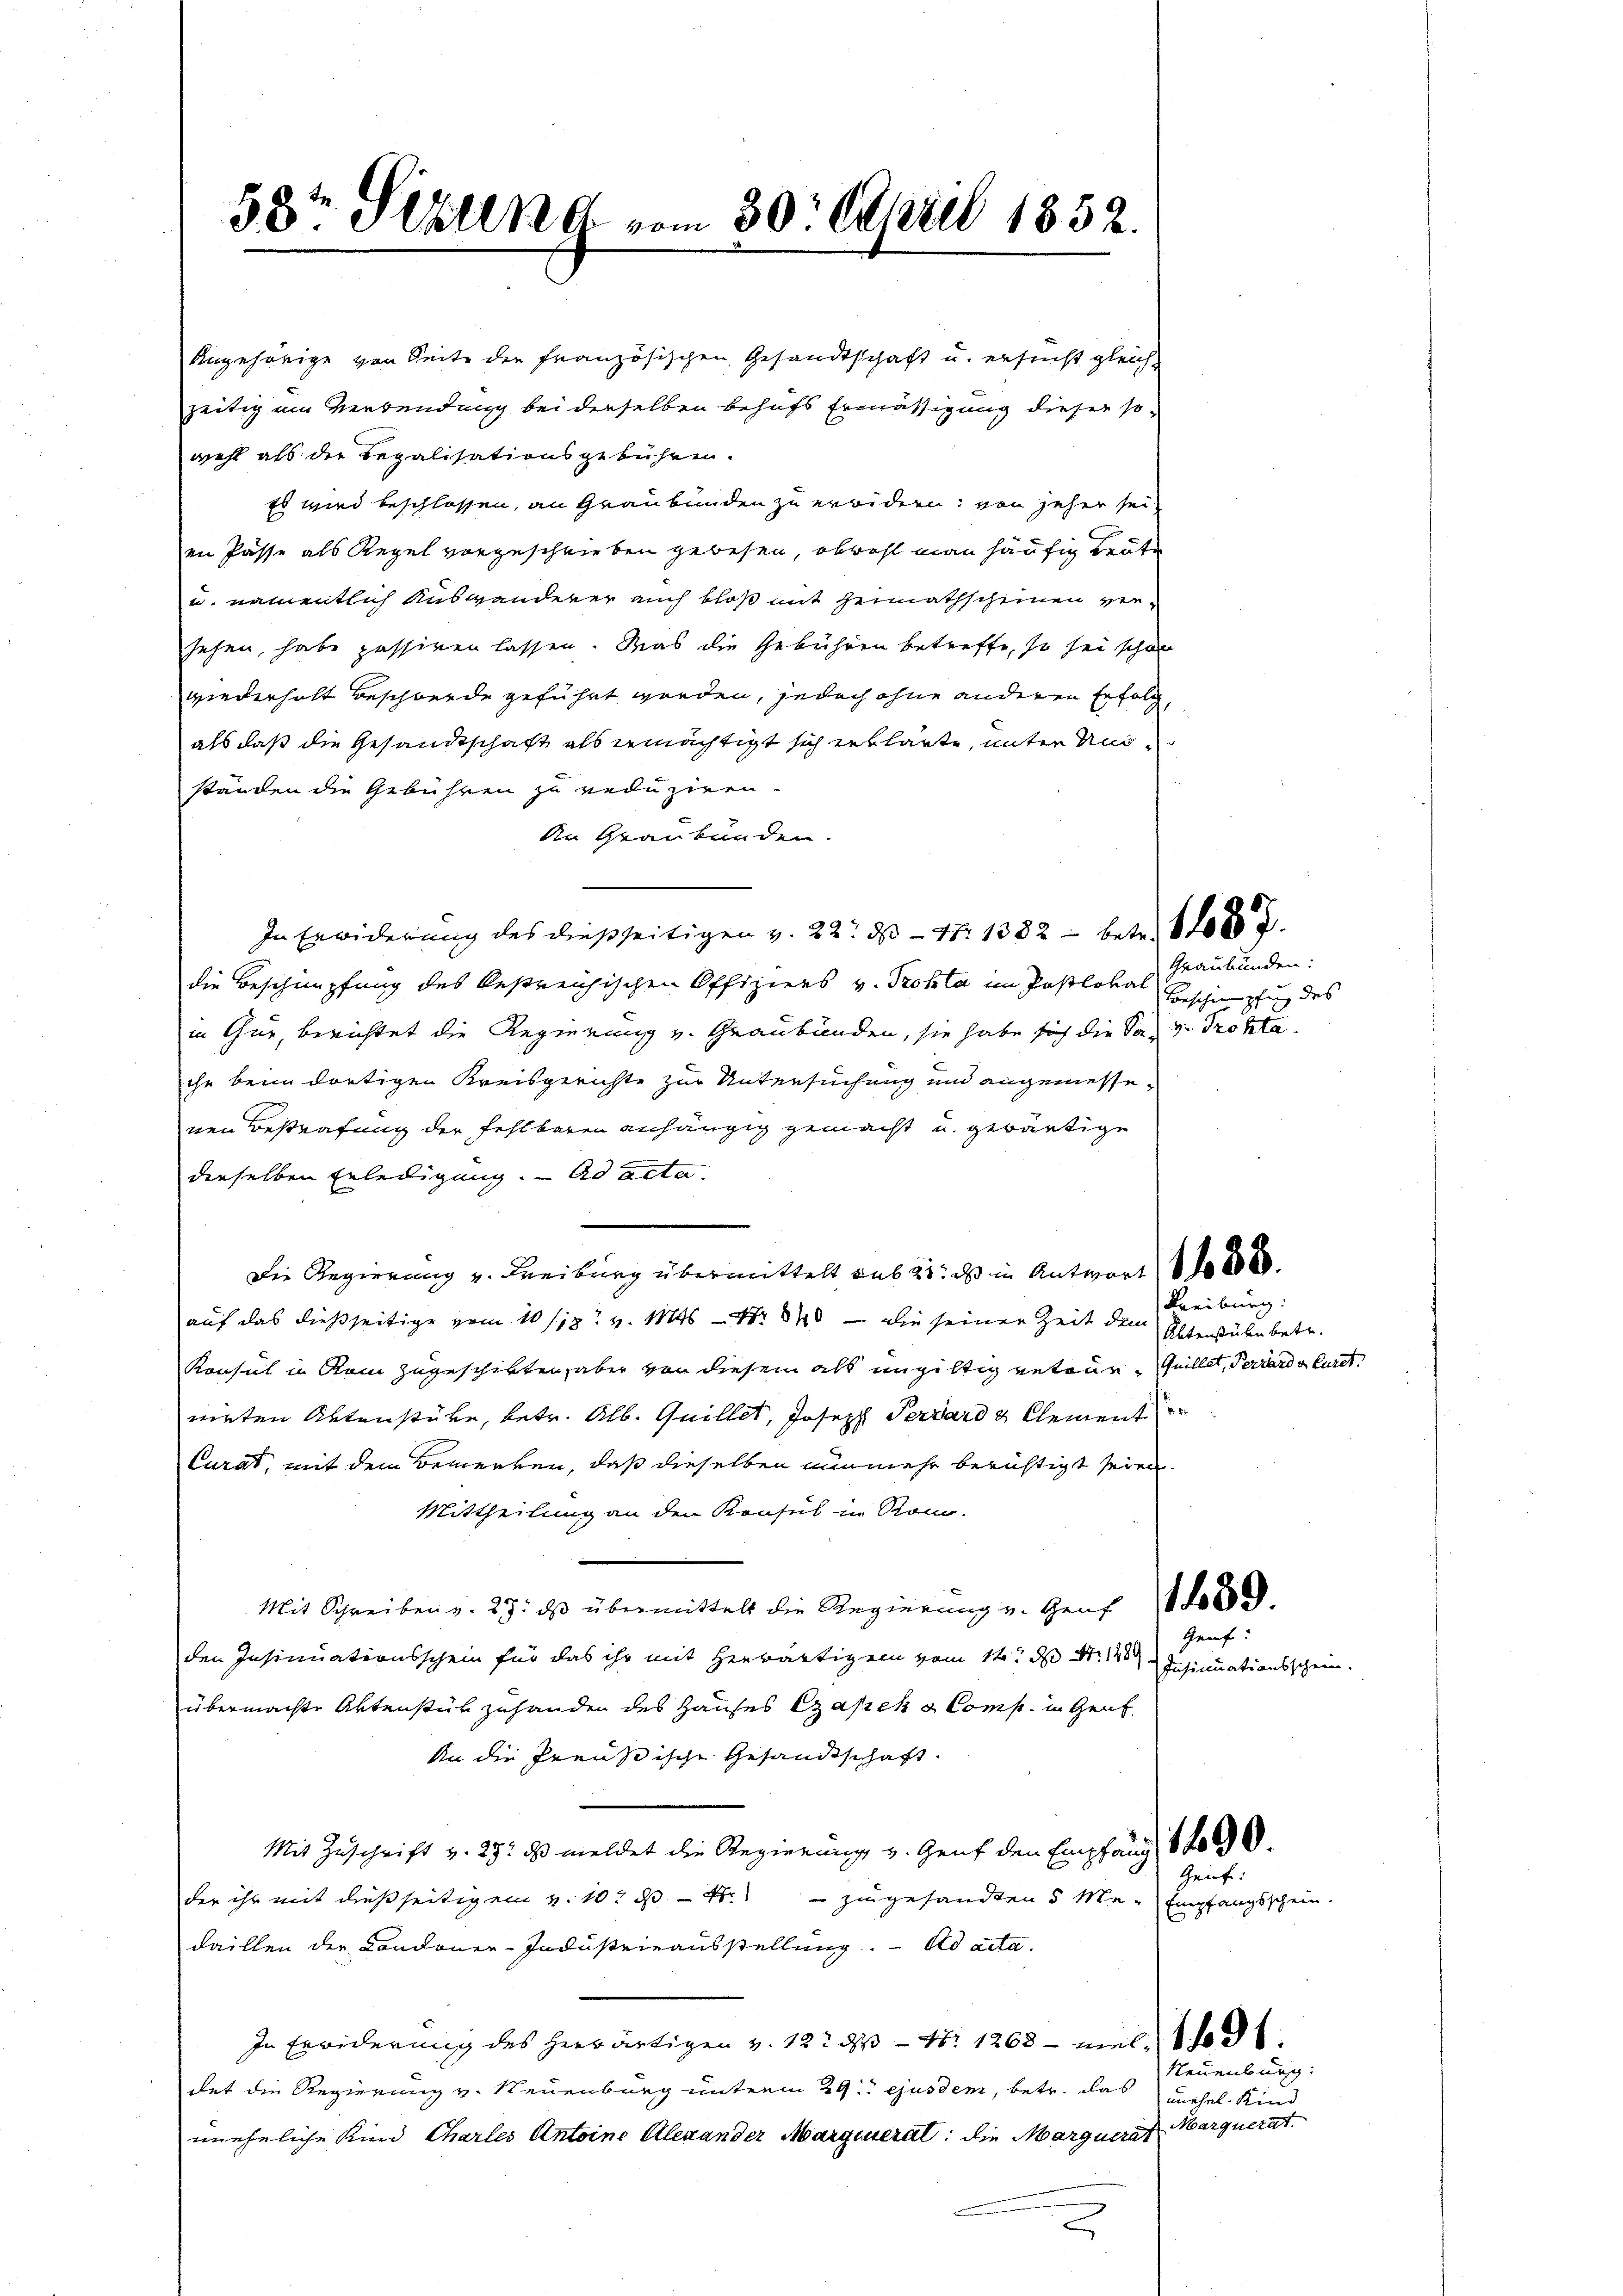
53t Setzung vom 30. April 1852.

Angehörige von Seite der französischen Gesandtschaft u. ersucht gleichzeitig im Verbendung bei derselben behufs Ermässigung dieser so-
wohl als die Regalisationsgebühren.
Es wird beschlossen, an Graubünden zu erwidern, von jeher sei
en Pässe als Regel vorgeschrieben gewesen, obwohl man häufig beute
u. namentlich auswanderer auch bloß mit Heimathscheinen versehen, habe passiven lassen. Was die Gebühren betreffe, so sei schon
wiederholt Beschwerde geführt worden, jedoch ohne anderen Erfolg,
als daß die Gesandtschaft als ermächtigt sich erklärte, unter Unständen die Gebühren zu reduziren.
An Graubünden.
In Erwiderung des dießseitigen v. 22. ds N. 1382 - betr. 608.
die Beschimpfung des bestreichischen Offiziers v. Trotta im Postlokal
in thur, berichtet die Regierung v. Graubünden, sie habe sich die Sav. Trotta.
ihr beim dortigen Kreisgerichte zur Untersuchung und angemessenen Bestrafung der fehlbaren anhängig gemacht u. gewärtige
derselben Erledigung. ad acta.
Die Regierung v. Freiburg übermittelt sub 21. ds in Antwort 188
auf das dießseitige vom 10/12 v. 146 - Nr. 840 - die seiner Zeit dem
Konsul in Rom zugeschikten, aber von diesem als ungültig geteur, Guillet, Terrard Euret.
mirten Aktenstüke, betr. Alb. Quillet, Joseph Terrard & Clement
Curat, mit dem Bemerken, daß dieselben nunmehr berichtigt seien.
Mittheilung an den Konsul in Rom.
Mit Schreiben v. 23. ds übermittelt die Regierung v. Genf 18 000
den Insinuationsschein für das ihr mit herwärtigen vom 14t d St
übermachte Aktenstück zuhanden des Hauses Czapek u. Comp. in Genf,
An die Preußische Gesandtschaft.
Mit Zuschrift v. 25. ds meldet die Regierung v. Genf den Empfang 1890.
der ihr mit dießseitigem v. 10. 34. zugesandten 5 Man Empfangsschein.
daillen der Condoner-Industrieausstellung. ad acta.
In Erwiderung des herwärtigen v. 12. ds N: 1268 - meldt
det die Regierung v. Neuenburg unterm 29. ejusdem, betr. das
uneheliche Kind Charles Antoine Alexander Margenerat: die Marquerat
b

Graubünden:
Beschimpfung des

Freiburg.
Altenstücke betr.

Insinuationsschein.

Geuf:

Genf:

Neuenburg:
unehel. Kind
Marquerat.